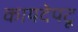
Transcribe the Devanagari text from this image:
कायदेपटू